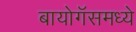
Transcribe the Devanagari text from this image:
बायोगॅसमध्ये